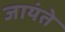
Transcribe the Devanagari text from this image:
जायंते